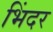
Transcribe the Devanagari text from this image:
भिंदर